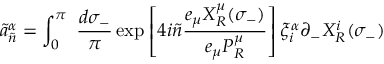
\tilde { a } _ { \tilde { n } } ^ { \alpha } = \int _ { 0 } ^ { \pi } ~ \frac { d \sigma _ { - } } { \pi } \exp \left[ 4 i \tilde { n } \frac { e _ { \mu } X _ { R } ^ { \mu } ( \sigma _ { - } ) } { e _ { \mu } P _ { R } ^ { \mu } } \right] \xi _ { i } ^ { \alpha } \partial _ { - } X _ { R } ^ { i } ( \sigma _ { - } )